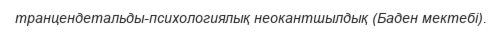
транцендетальды-психологиялық неокантшылдық (Баден мектебі).